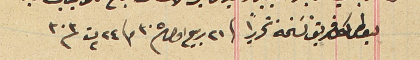
ليعطى لكل فريق نسَخة تحريراً فى ٢١ ربيع اول ٣٠٥ و ٢٤ ت٢ ٣٠٣